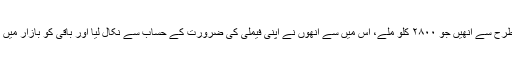
‘‘ اس طرح سے انھیں جو ۲۸۰۰ کلو ملے، اس میں سے انھوں نے اپنی فیملی کی ضرورت کے حساب سے نکال لیا اور باقی کو بازار میں بیچ دیا۔